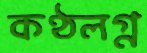
কণ্ঠলগ্ন